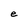
Character: e